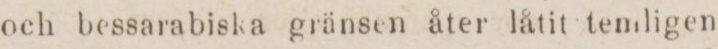
och bessarabiska gränsen åter låtit temligen